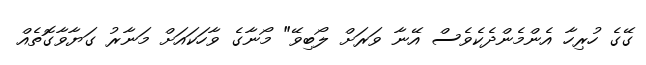
ގޭގެ ހުރިހާ އެންމެންދެކެވެސް އޭނާ ވަރަށް ލޯބިވޭ" މޯނާގެ ވާހަކައަށް މަނާރު ގަޔާވާގޮތެއް